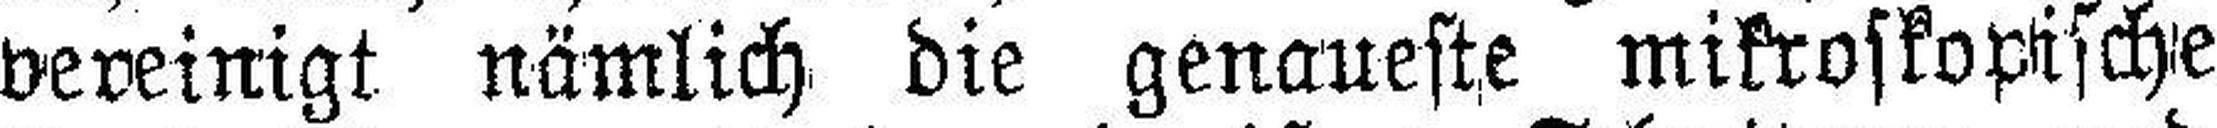
vereinigt nämlich die genaueste mikroskopische